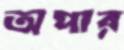
অপার